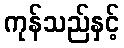
ကုန်သည်နှင့်